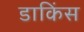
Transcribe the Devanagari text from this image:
डाकिंस